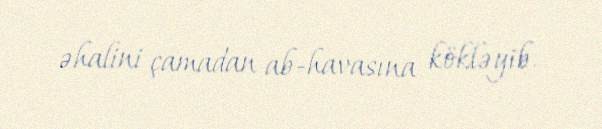
əhalini çamadan ab-havasına kökləyib.